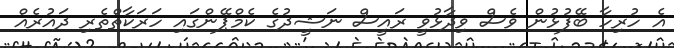
އެ ހުރިހާ ބޭފުޅުން ވެސް ވިދާޅުވީ ރައީސް ނަޝީދުގެ ކެމްޕޭންގައި ހަރަކާތްތެރި ދައުރެއް